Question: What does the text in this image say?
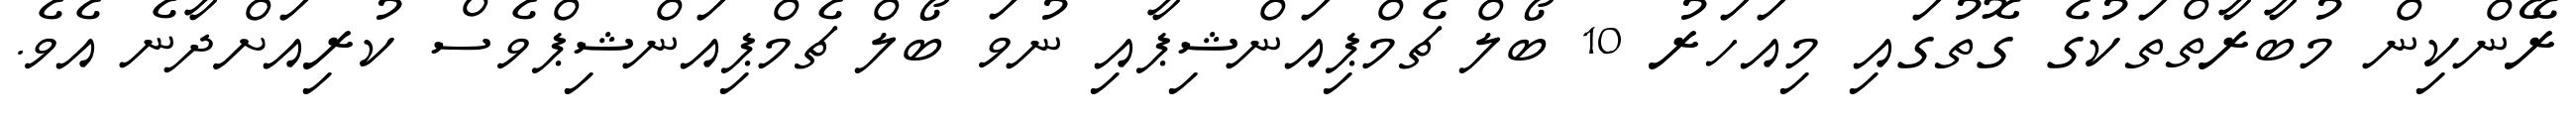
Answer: ރޭންކިން މުބާރާތްތަކުގެ ގޮތުގައި މިއަހަރު 10 ބޯލް ޗެމްޕިއަންޝިޕާއި ނުވަ ބޯލް ޗެމްޕިއަންޝިޕްވެސް ކުރިއަށްދާނެ އެވެ.